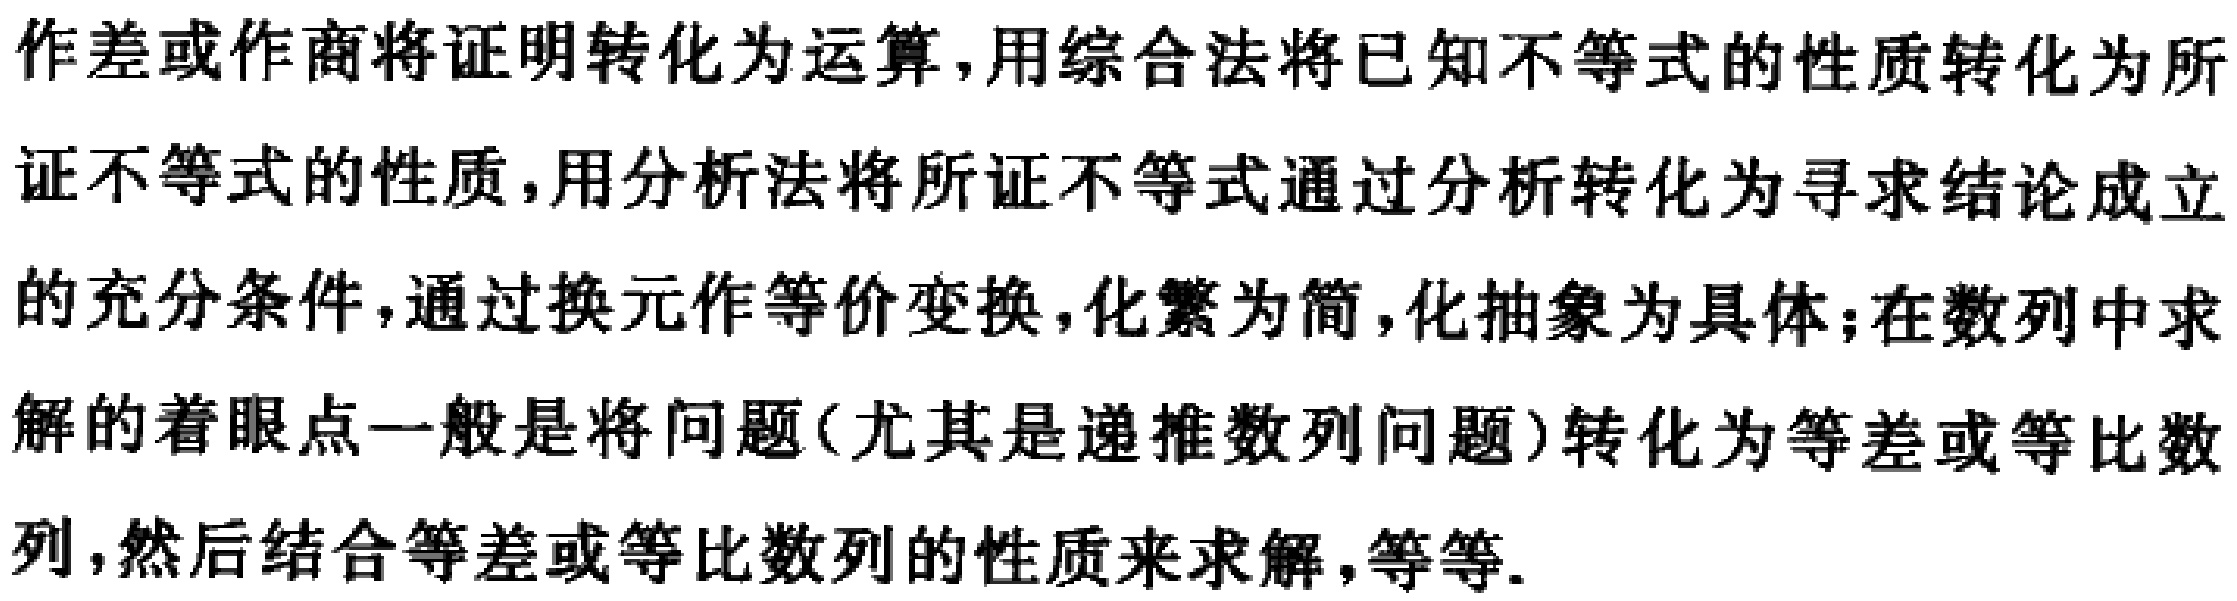
作差或作商将证明转化为运算,用综合法将已知不等式的性质转化为所证不等式的性质,用分析法将所证不等式通过分析转化为寻求结论成立的充分条件,通过换元作等价变换,化繁为简,化抽象为具体;在数列中求解的着眼点一般是将问题(尤其是递推数列问题)转化为等差或等比数列,然后结合等差或等比数列的性质来求解,等等.